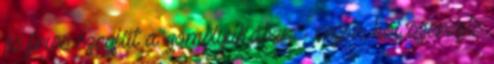
és friss szegfűt a gomblyukában - vajon hol szerezte